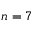
n = 7